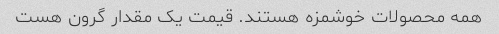
همه محصولات خوشمزه هستند. قیمت یک مقدار گرون هست